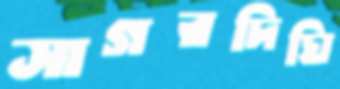
সাগরদিঘি